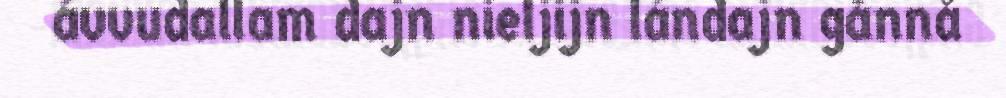
ávvudallam dajn nieljijn lándajn gånnå